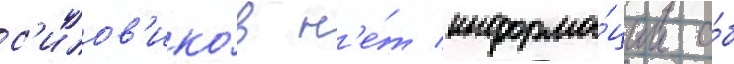
с'илов'ико́в н'е́т информа́ции о́б